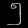
Digit: ၅